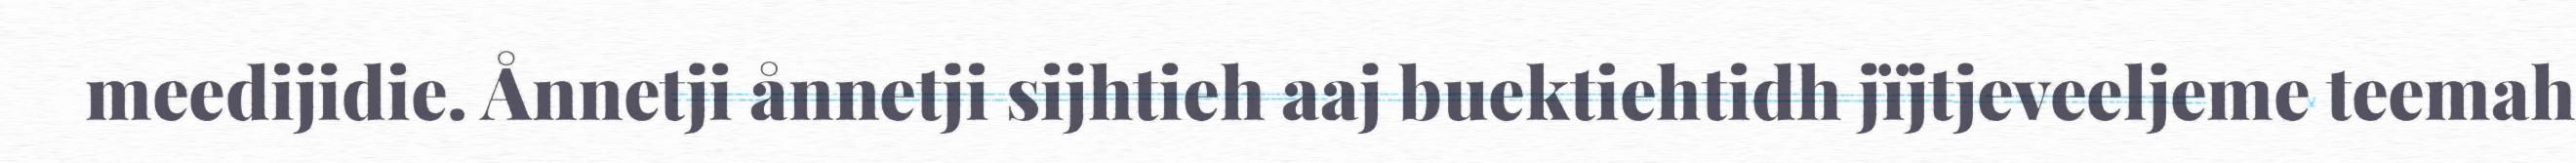
meedijidie. Ånnetji ånnetji sijhtieh aaj buektiehtidh jïjtjeveeljeme teemah